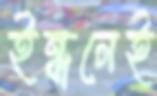
ইন্ধনেই